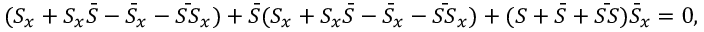
( S _ { x } + S _ { x } \bar { S } - \bar { S } _ { x } - \bar { S S } _ { x } ) + \bar { S } ( S _ { x } + S _ { x } \bar { S } - \bar { S } _ { x } - \bar { S S } _ { x } ) + ( S + \bar { S } + \bar { S S } ) \bar { S } _ { x } = 0 ,